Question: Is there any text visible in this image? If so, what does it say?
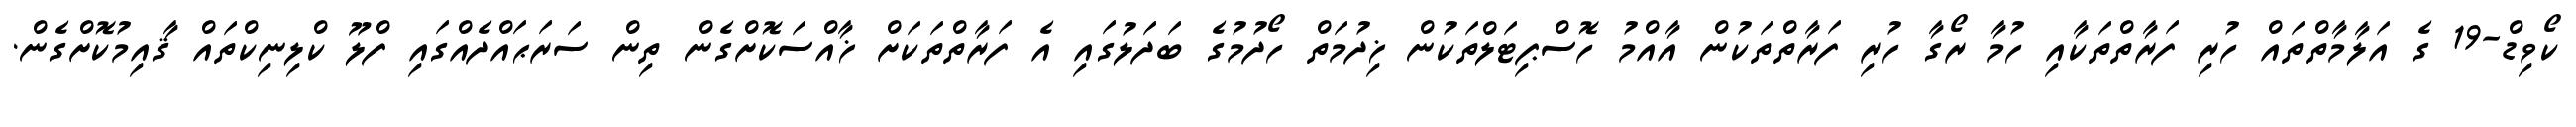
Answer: ކޯވިޑް-19 ގެ އަލާމާތްތައް ހުރި ފަރާތްތަކާއި ހުމާ ރޯގާ ހުރި ފަރާތްތަކުން އާއްމު ހޮސްޕިޓަލްތަކުން ޚިދުމަތް ހޯދުމުގެ ބަދަލުގައި އެ ފަރާތްތަކަށް ޚާއްސަކޮށްގެން ތިން ސަރަޙައްދެއްގައި ފްލޫ ކްލިނިކްތައް ޤާއިމުކޮށްގެން.